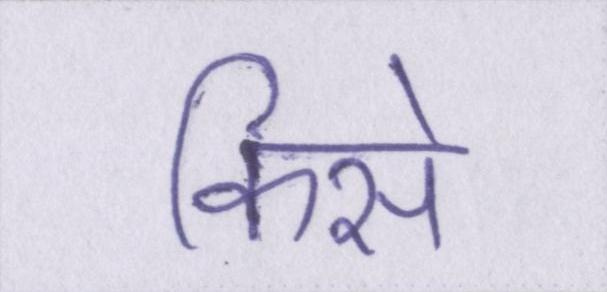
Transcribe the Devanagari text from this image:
किसे